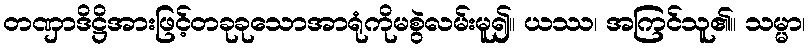
တဏှာဒိဋ္ဌိအားဖြင့်တခုခုသောအာရုံကိုမစွဲလမ်းမူ၍။ ယဿ၊ အကြင်သူ၏။ သမ္မာ၊